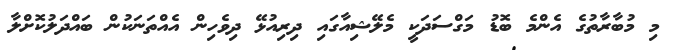
މި މުބާރާތުގެ އެންމެ ބޮޑު މަގްސަދަކީ މެލޭޝިއާގައި ދިރިއުޅޭ ދިވެހިން އެއްތަނަކުން ބައްދަލުކޮށްލާ